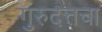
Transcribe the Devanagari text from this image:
गुरुदत्तचा